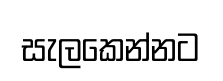
සැලකෙන්නට